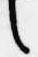
言